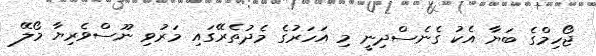
ޖޯހިމްގެ ބަޔާ އެކު ގެނެސްދިނީ މި އަހަރުގެ މެދުތެރޭގައި މަރުވި ނޫސްވެރިޔާ މޯލޭ